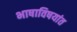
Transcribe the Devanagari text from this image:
भाषाविषयांत